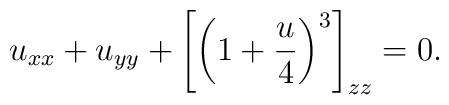
u_{xx}+u_{yy}+\left[\left(1+{u\over 4}\right)^3\right]_{zz}=0.